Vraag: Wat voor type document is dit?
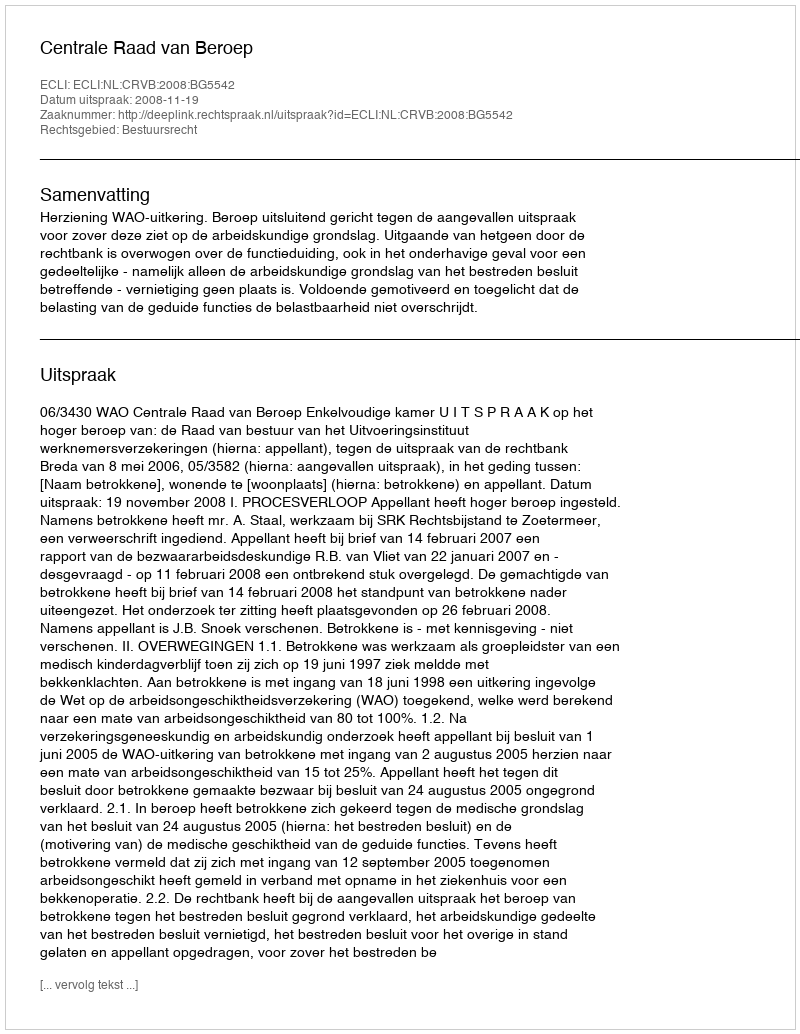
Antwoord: Uitspraak